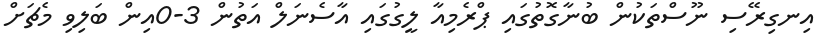
އިނގިރޭސި ނޫސްތަކުން ބުނާގޮތުގައި ޕްރެމިއާ ލީގުގައި އާސެނަލް އަތުން 3-0އިން ބަލިވި މެޗަށް